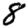
Digit: 8